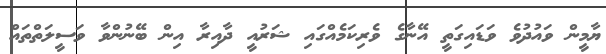
ޔާމީން ވައުދުވެ ވަޑައިގަތީ އޭނާގެ ވެރިކަމެއްގައި ޝަރުއީ ދާއިރާ އިން ބޭނުންވާ ވަސީލަތްތައް